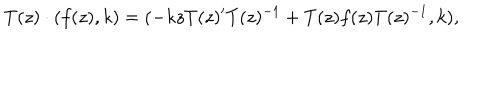
T ( z ) \cdot ( f ( z ) , k ) = ( - k z T ( z ) ^ { \prime } T ( z ) ^ { - 1 } + T ( z ) f ( z ) T ( z ) ^ { - 1 } , k ) ,